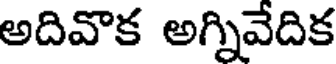
అదివొక అగ్నివేదిక